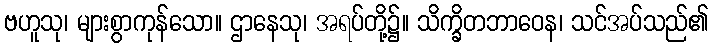
ဗဟူသု၊ များစွာကုန်သော။ ဌာနေသု၊ အရပ်တို့၌။ သိက္ခိတဘာဝေန၊ သင်အပ်သည်၏